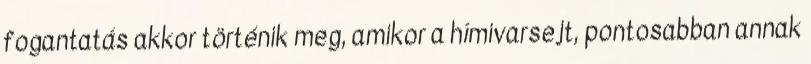
fogantatás akkor történik meg, amikor a hímivarsejt, pontosabban annak